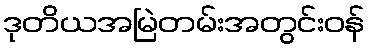
ဒုတိယအမြဲတမ်းအတွင်းဝန်